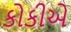
કોકીએ